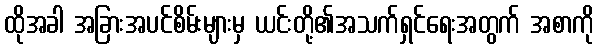
ထိုအခါ အခြားအပင်စိမ်းများမှ ယင်းတို့၏အသက်ရှင်ရေးအတွက် အစာကို